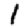
Digit: 1